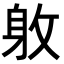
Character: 𨈡